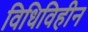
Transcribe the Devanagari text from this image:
विधिविहीन